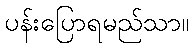
ပန်းပြောရမည်သာ။